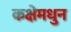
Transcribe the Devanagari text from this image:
कक्षेमधुन